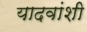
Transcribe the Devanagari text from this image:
यादवांशी